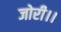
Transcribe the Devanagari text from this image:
जोरी।।